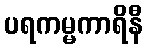
ပရကမ္မကာရိနီ